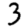
Digit: 3